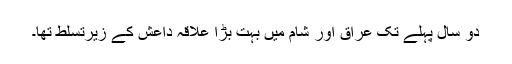
دو سال پہلے تک عراق اور شام میں بہت بڑا علاقہ داعش کے زیرتسلط تھا۔